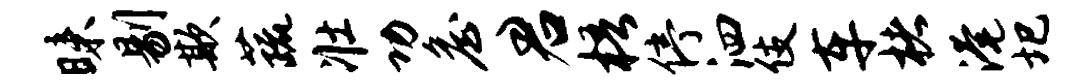
昧剔欺蔬壮功詹君梧停泗伎车楮淹圯